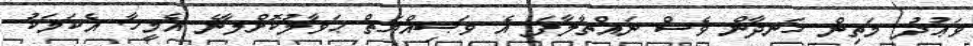
ވަޢުދު މަތިން ހަނދާން ވެސް ނައްތާލާފަ އެ ވަޞިއްޔަތް ޙަވާލުކޮށްލާނެ އެމީހާ. އެކަމަކު